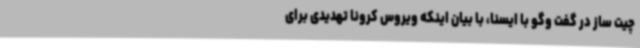
چیت ساز در گفت وگو با ایسنا، با بیان اینکه ویروس کرونا تهدیدی برای